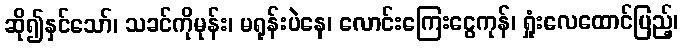
ဆို၍နှင်သော်၊ သခင်ကိုမုန်း၊ မရုန်းပဲနေ၊ လောင်းကြေးငွေကုန်၊ ရှုံးလေထောင်ပြည့်၊